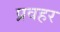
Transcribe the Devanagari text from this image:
प्रवहर